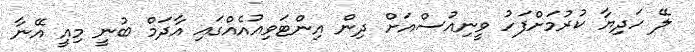
ލޭ ހަދިޔާ ކުރުމަށްފަހު ވީނިއުސްއަށް ދިން އިންޓަވިއުއެއްގައި އާދަމް ބުނީ މިއީ އޭނާ